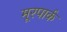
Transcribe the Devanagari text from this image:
मूरपार्क